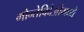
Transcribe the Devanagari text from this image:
मोन्तेविदेओमध्ये